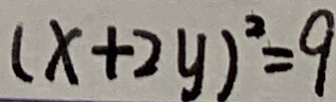
( x + 2 y ) ^ { 2 } = 9